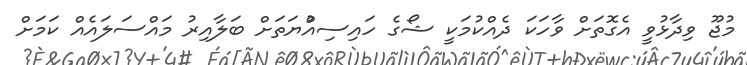
މުޖޫ ވިދާޅުވީ އެގޮތަށް ވާހަކަ ދެއްކުމަކީ ޝޯގެ ހައިސިއްުޔަތަށް ބަލާއިރު މައްސަލައެއް ކަމަށް